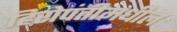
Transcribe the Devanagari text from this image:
हिरोपंतीमधील